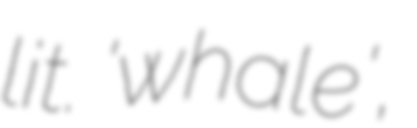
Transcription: lit. 'whale',